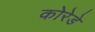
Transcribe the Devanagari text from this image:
कोरेडे